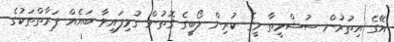
އޭގެ އިތުރުން ސުޝްމީތާ މީގެ ކުރިން ލޯބީގެ ގޮތުން ގުޅިފައިވާ ބައެއް ފަރާތްތަކުގެ